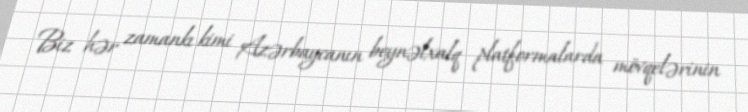
Biz hər zamankı kimi Azərbaycanın beynəlxalq platformalarda mövqelərinin